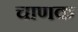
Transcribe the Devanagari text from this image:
चाणक